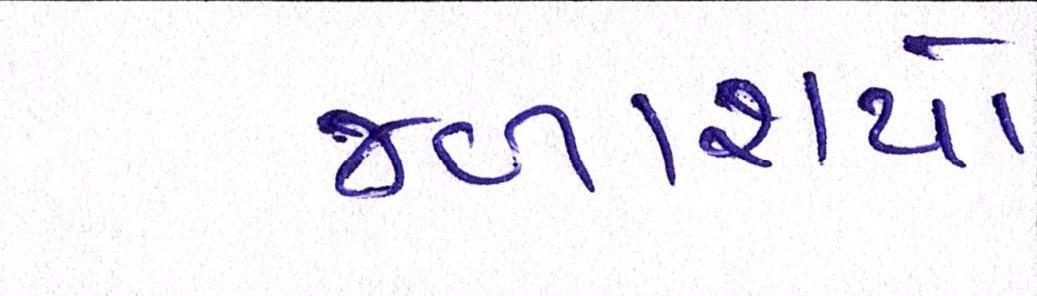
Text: જળાશયો